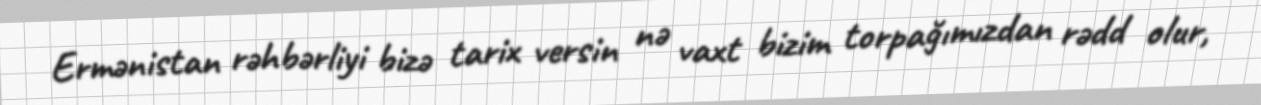
Ermənistan rəhbərliyi bizə tarix versin nə vaxt bizim torpağımızdan rədd olur,